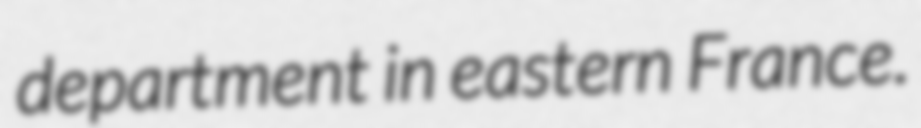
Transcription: department in eastern France.